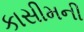
કાસીમની